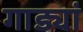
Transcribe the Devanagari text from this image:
गाड्यां